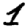
Digit: 1